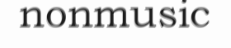
nonmusic